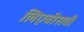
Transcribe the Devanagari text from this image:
लिएबीसवीं